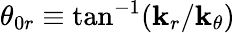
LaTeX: \theta_{0r}\equiv\tan^{-1}(\mathbf{k}_{r}/\mathbf{k}_{\theta})